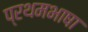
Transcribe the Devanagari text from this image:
प्रथमभाषा